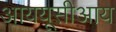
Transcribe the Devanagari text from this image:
आययूसीआय